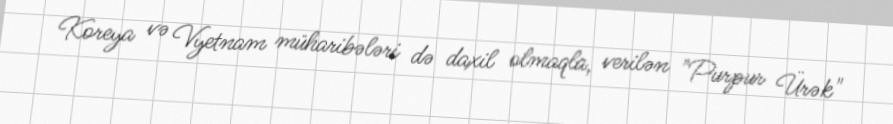
Koreya və Vyetnam müharibələri də daxil olmaqla, verilən "Purpur Ürək"